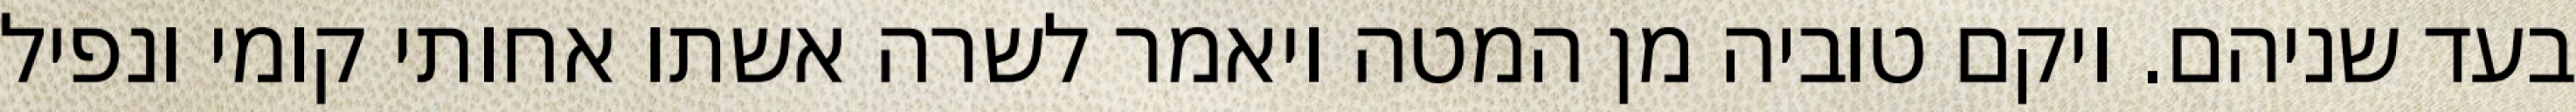
בעד שניהם. ויקם טוביה מן המטה ויאמר לשרה אשתו אחותי קומי ונפיל